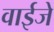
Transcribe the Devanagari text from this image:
वाईजे